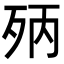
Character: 𣧰